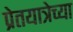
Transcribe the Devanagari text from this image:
प्रेतयात्रेच्या